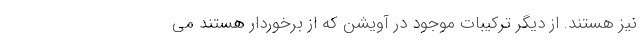
نیز هستند. از دیگر ترکیبات موجود در آویشن که از برخوردار هستند می